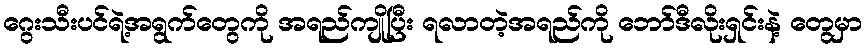
ဂွေးသီးပင်ရဲ့အရွက်တွေကို အရည်ကျိုပြီး ရလာတဲ့အရည်ကို ဘော်ဒီလိုးရှင်းနဲ့ တွေမှာ